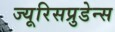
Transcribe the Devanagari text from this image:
ज्यूरिसप्रुडेन्स